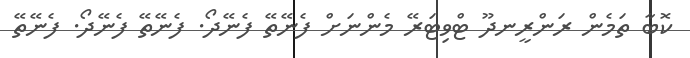
ކޮބާ ތަމެން ރަންރީނދޫ ޓްވިޓަރޭ މެންނަށް ފެނޭތޭ ފެނޭދޯ. ފެނޭތޭ ފެނޭދޯ. ފެނޭތޭ